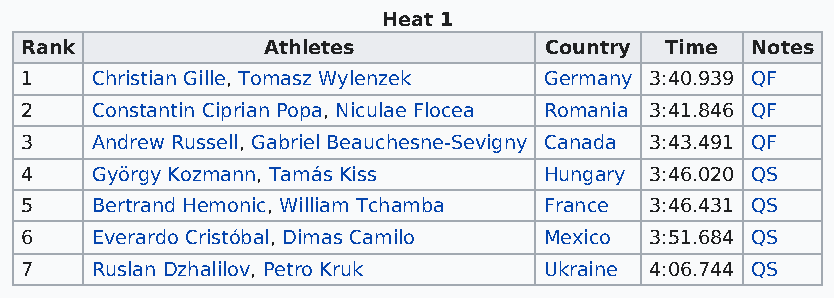
Heat 1
 Rank            Athletes           Country Time  Notes
 1    Christian Gille, Tomasz Wylenzek Germany 3:40.939 QF
 2    Constantin Ciprian Popa, Niculae Flocea Romania 3:41.846 QF
 3    Andrew Russell, Gabriel Beauchesne-Sevigny Canada 3:43.491 QF
 4    György Kozmann, Tamás Kiss    Hungary 3:46.020 QS
 5    Bertrand Hemonic, William Tchamba France 3:46.431 QS
 6    Everardo Cristóbal, Dimas Camilo Mexico 3:51.684 QS
 7    Ruslan Dzhalilov, Petro Kruk  Ukraine 4:06.744 QS